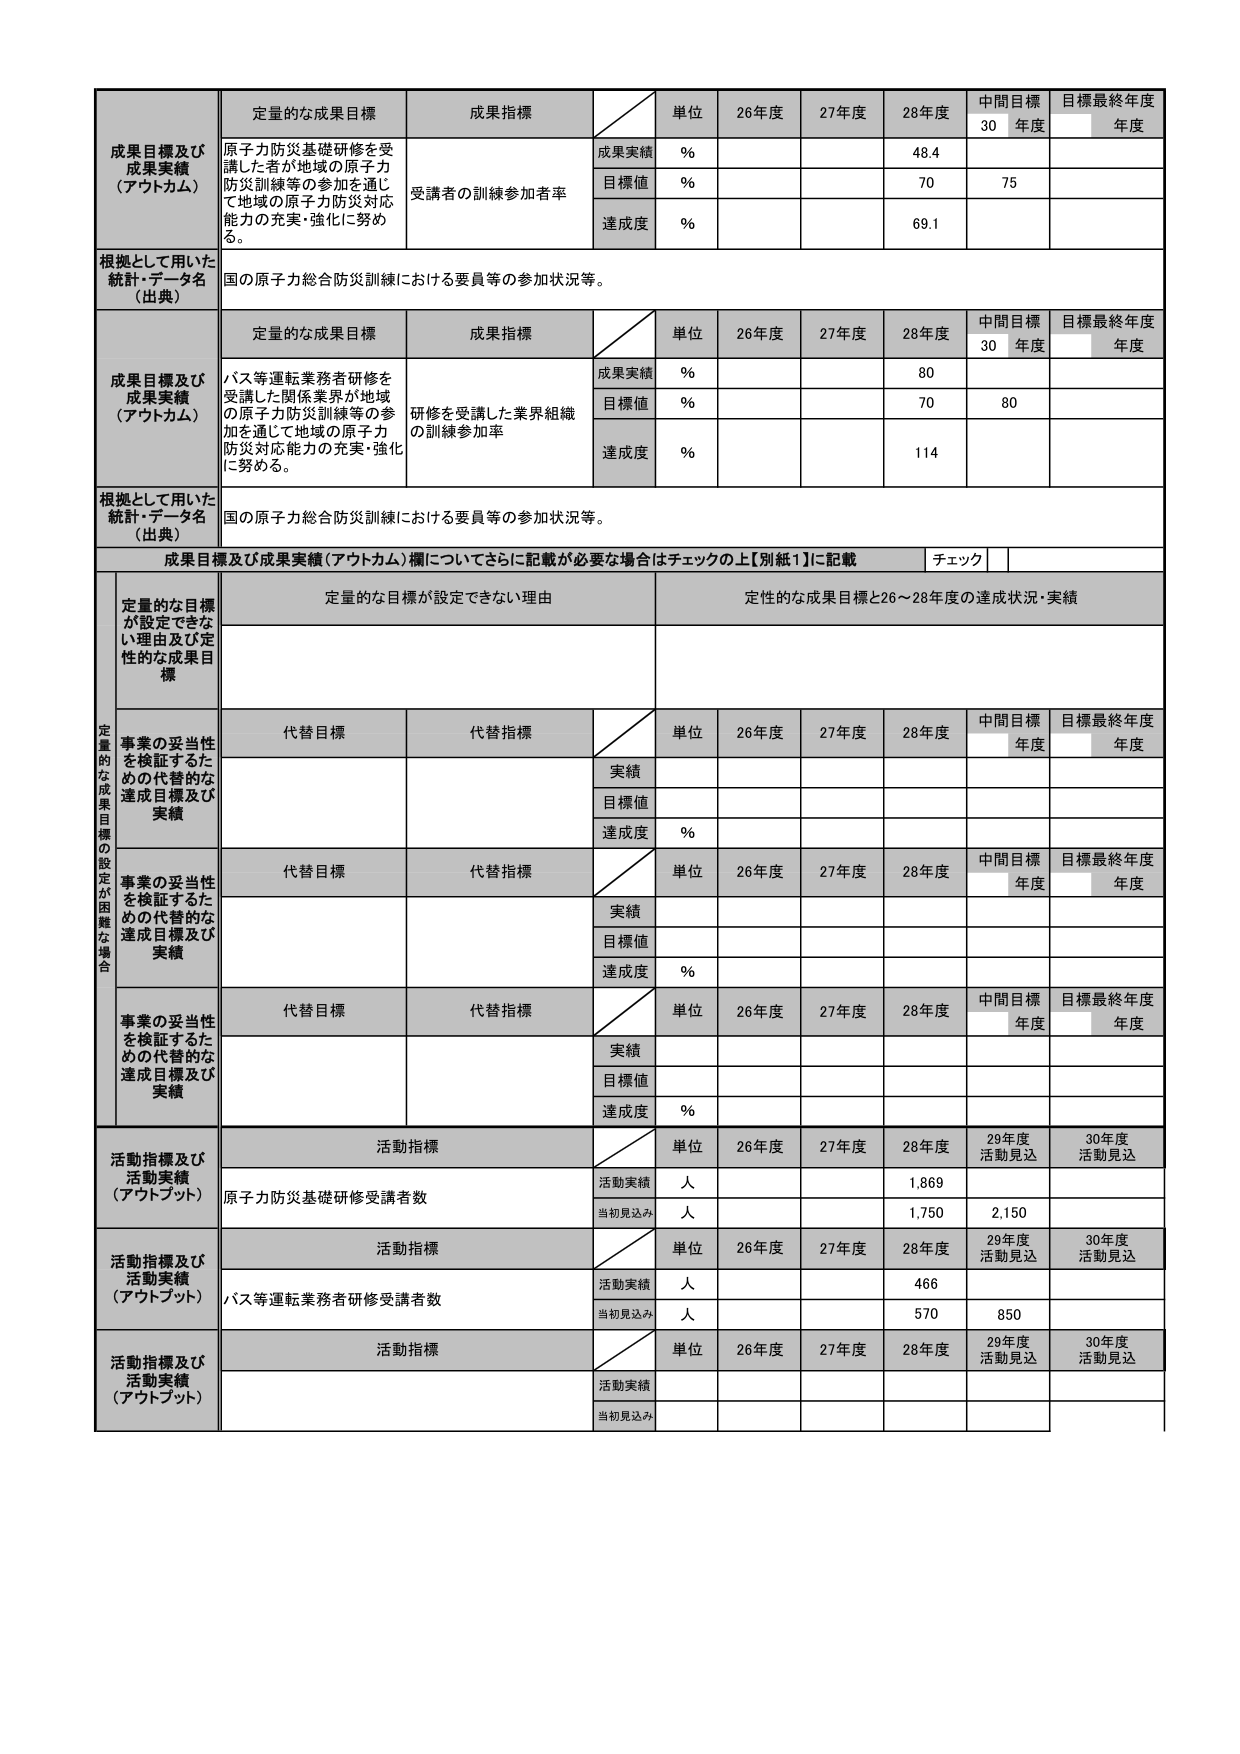
成果目標及び
成果実績
（アウトカム）

定量的な成果目標
原子力防災基礎研修を受講した者が地域の原子力防災訓練等の参加を通じて地域の原子力防災対応能力の充実・強化に努める。

成果指標
受講者の訓練参加率

単位
%
%
%

26年度
27年度
28年度
中間目標
30年度
目標最終年度
年度

成果実績
48.4

目標値
70
75

達成度
69.1

根拠として用いた
統計・データ名
（出典）
国の原子力総合防災訓練における要員等の参加状況等。

成果目標及び
成果実績
（アウトカム）

定量的な成果目標
バス等運転業務者研修を受講した関係業界が地域の原子力防災訓練等の参加を通じて地域の原子力防災対応能力の充実・強化に努める。

成果指標
研修を受講した業界組織の訓練参加率

単位
%
%
%

26年度
27年度
28年度
中間目標
30年度
目標最終年度
年度

成果実績
80

目標値
70
80

達成度
114

根拠として用いた
統計・データ名
（出典）
国の原子力総合防災訓練における要員等の参加状況等。

成果目標及び成果実績（アウトカム）欄についてさらに記載が必要な場合はチェックの上【別紙1】に記載
チェック

定量的な目標が設定できない理由及び定性的な成果目標
定量的な目標が設定できない理由
定性的な成果目標と26～28年度の達成状況・実績

定量的な成果目標の設定が困難な場合

代替目標
代替指標
単位
26年度
27年度
28年度
中間目標
年度
目標最終年度
年度

実績

目標値

達成度
%

代替目標
代替指標
単位
26年度
27年度
28年度
中間目標
年度
目標最終年度
年度

実績

目標値

達成度
%

代替目標
代替指標
単位
26年度
27年度
28年度
中間目標
年度
目標最終年度
年度

実績

目標値

達成度
%

活動指標及び
活動実績
（アウトプット）

活動指標
単位
26年度
27年度
28年度
29年度
活動見込
30年度
活動見込

原子力防災基礎研修受講者数
活動実績
人
1,869

当初見込み
人
1,750
2,150

活動指標及び
活動実績
（アウトプット）

活動指標
単位
26年度
27年度
28年度
29年度
活動見込
30年度
活動見込

バス等運転業務者研修受講者数
活動実績
人
466

当初見込み
人
570
850

活動指標及び
活動実績
（アウトプット）

活動指標
単位
26年度
27年度
28年度
29年度
活動見込
30年度
活動見込

活動実績

当初見込み